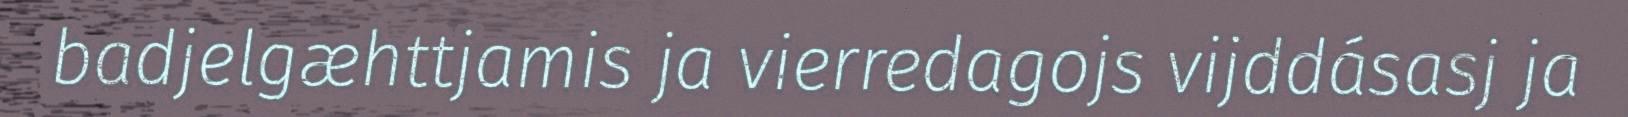
badjelgæhttjamis ja vierredagojs vijddásasj ja